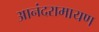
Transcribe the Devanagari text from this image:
आनंदरामायण